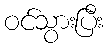
ဝင်သွားပြီး